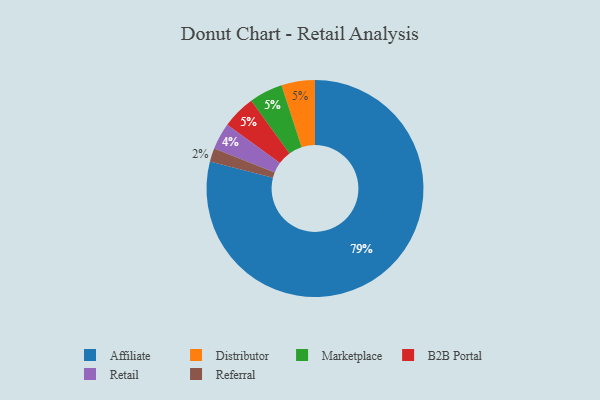
{"axis": {"x": "Category", "y": "Percentage"}, "legend": ["Affiliate", "B2B Portal", "Distributor", "Marketplace", "Referral", "Retail"], "data": [{"x": "Affiliate", "y": 79, "type": "Affiliate"}, {"x": "Distributor", "y": 5, "type": "Distributor"}, {"x": "Marketplace", "y": 5, "type": "Marketplace"}, {"x": "Referral", "y": 2, "type": "Referral"}, {"x": "B2B Portal", "y": 5, "type": "B2B Portal"}, {"x": "Retail", "y": 4, "type": "Retail"}]}